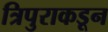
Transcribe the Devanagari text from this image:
त्रिपुराकडून